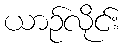
ယာဉ်လိုင်း